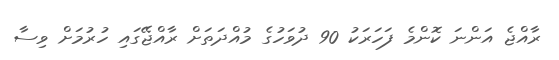
ރާއްޖެ އަންނަ ކޮންމެ ފަހަރަކު 90 ދުވަހުގެ މުއްދަތަށް ރާއްޖޭގައި ހުރުމަށް ވިސާ